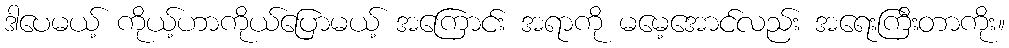
ဒါပေမယ့် ကိုယ့်ဟာကိုယ်ပြောမယ့် အကြောင်း အရာကို မမေ့အောင်လည်း အရေးကြီးတာကိုး။